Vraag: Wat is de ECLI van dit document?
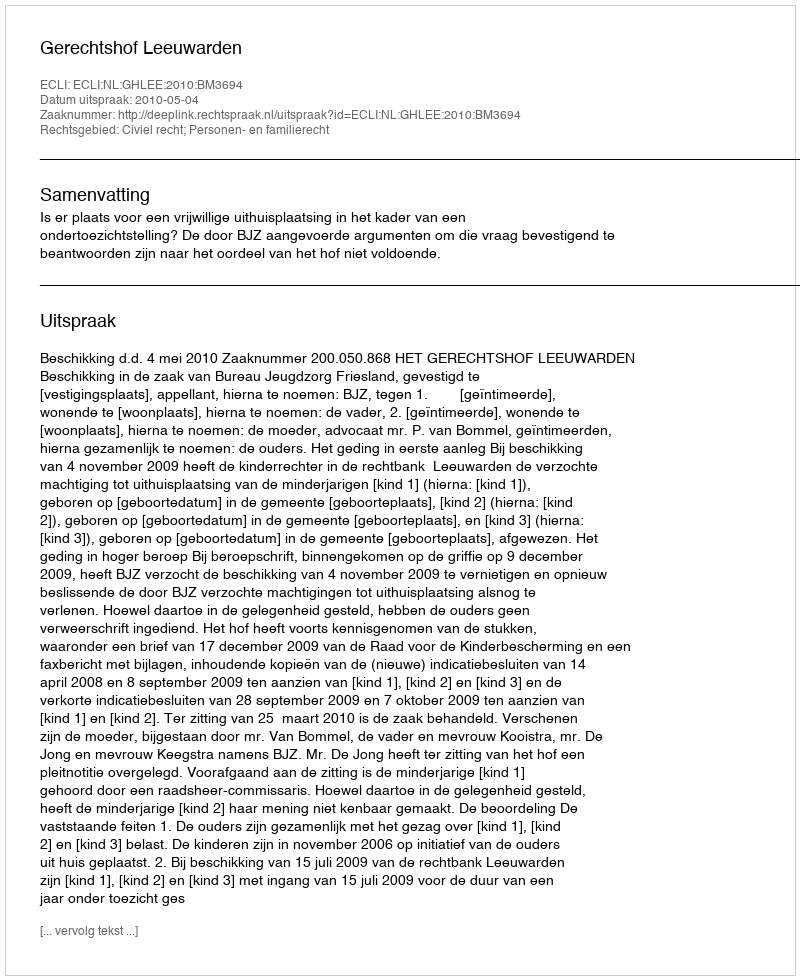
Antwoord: ECLI:NL:GHLEE:2010:BM3694